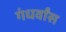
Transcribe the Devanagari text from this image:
गंधर्वांस